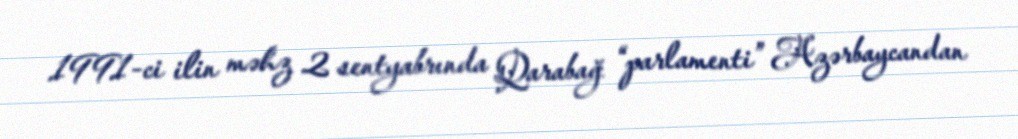
1991-ci ilin məhz 2 sentyabrında Qarabağ “parlamenti” Azərbaycandan